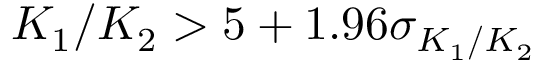
K _ { 1 } / K _ { 2 } > 5 + 1 . 9 6 \sigma _ { K _ { 1 } / K _ { 2 } }